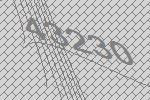
43230